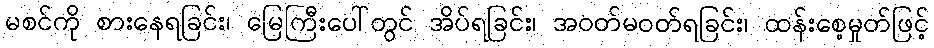
မစင်ကို စားနေရခြင်း၊ မြေကြီးပေါ်တွင် အိပ်ရခြင်း၊ အဝတ်မဝတ်ရခြင်း၊ ထန်းစေ့မှုတ်ဖြင့်